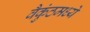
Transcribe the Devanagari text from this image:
वैकुंठमध्ये